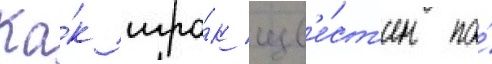
Ка́к игро́к изв'е́ст'ен по́